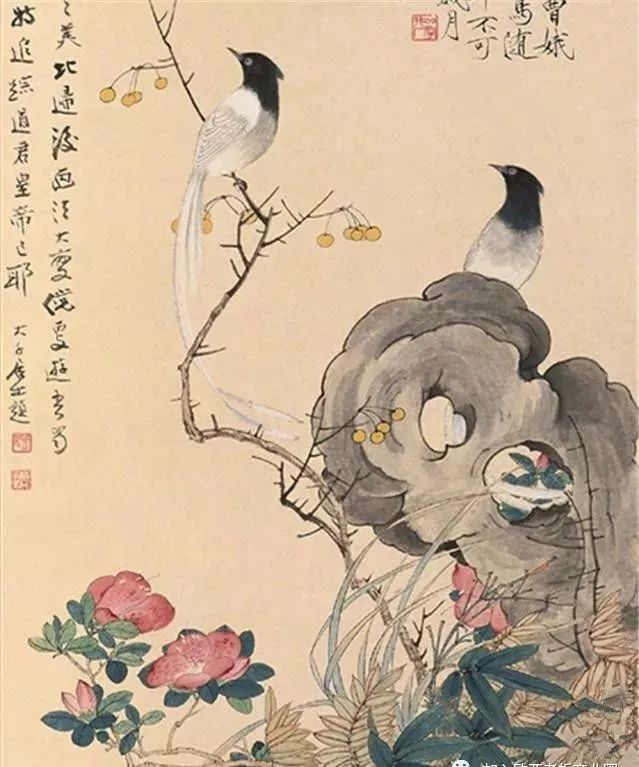
善用兵者，避其锐气，击其惰归。